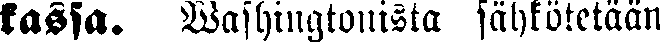
kassa. Washingtonista sähkötetään